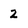
Character: 2